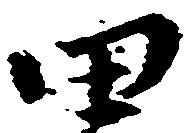
田